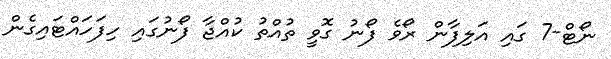
ނޯޓް-7 ގައި އަލިފާން ރޯވެ ފޯނު ގޮވީ ތުއްތު ކުއްޖާ ފޯނުގައި ހިފަހައްޓައިގެން